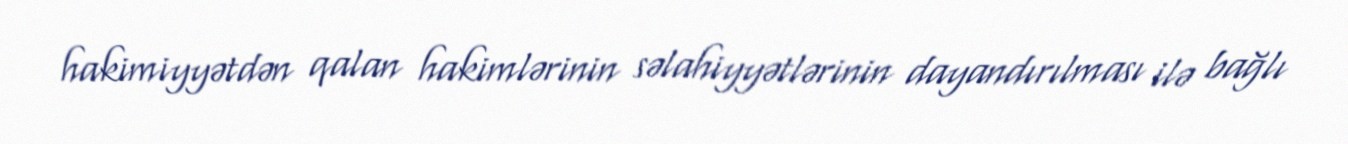
hakimiyyətdən qalan hakimlərinin səlahiyyətlərinin dayandırılması ilə bağlı